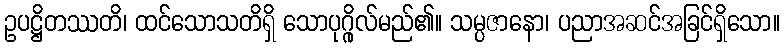
ဥပဋ္ဌိတဿတိ၊ ထင်သောသတိရှိ သောပုဂ္ဂိုလ်မည်၏။ သမ္ပဇာနော၊ ပညာအဆင်အခြင်ရှိသော။